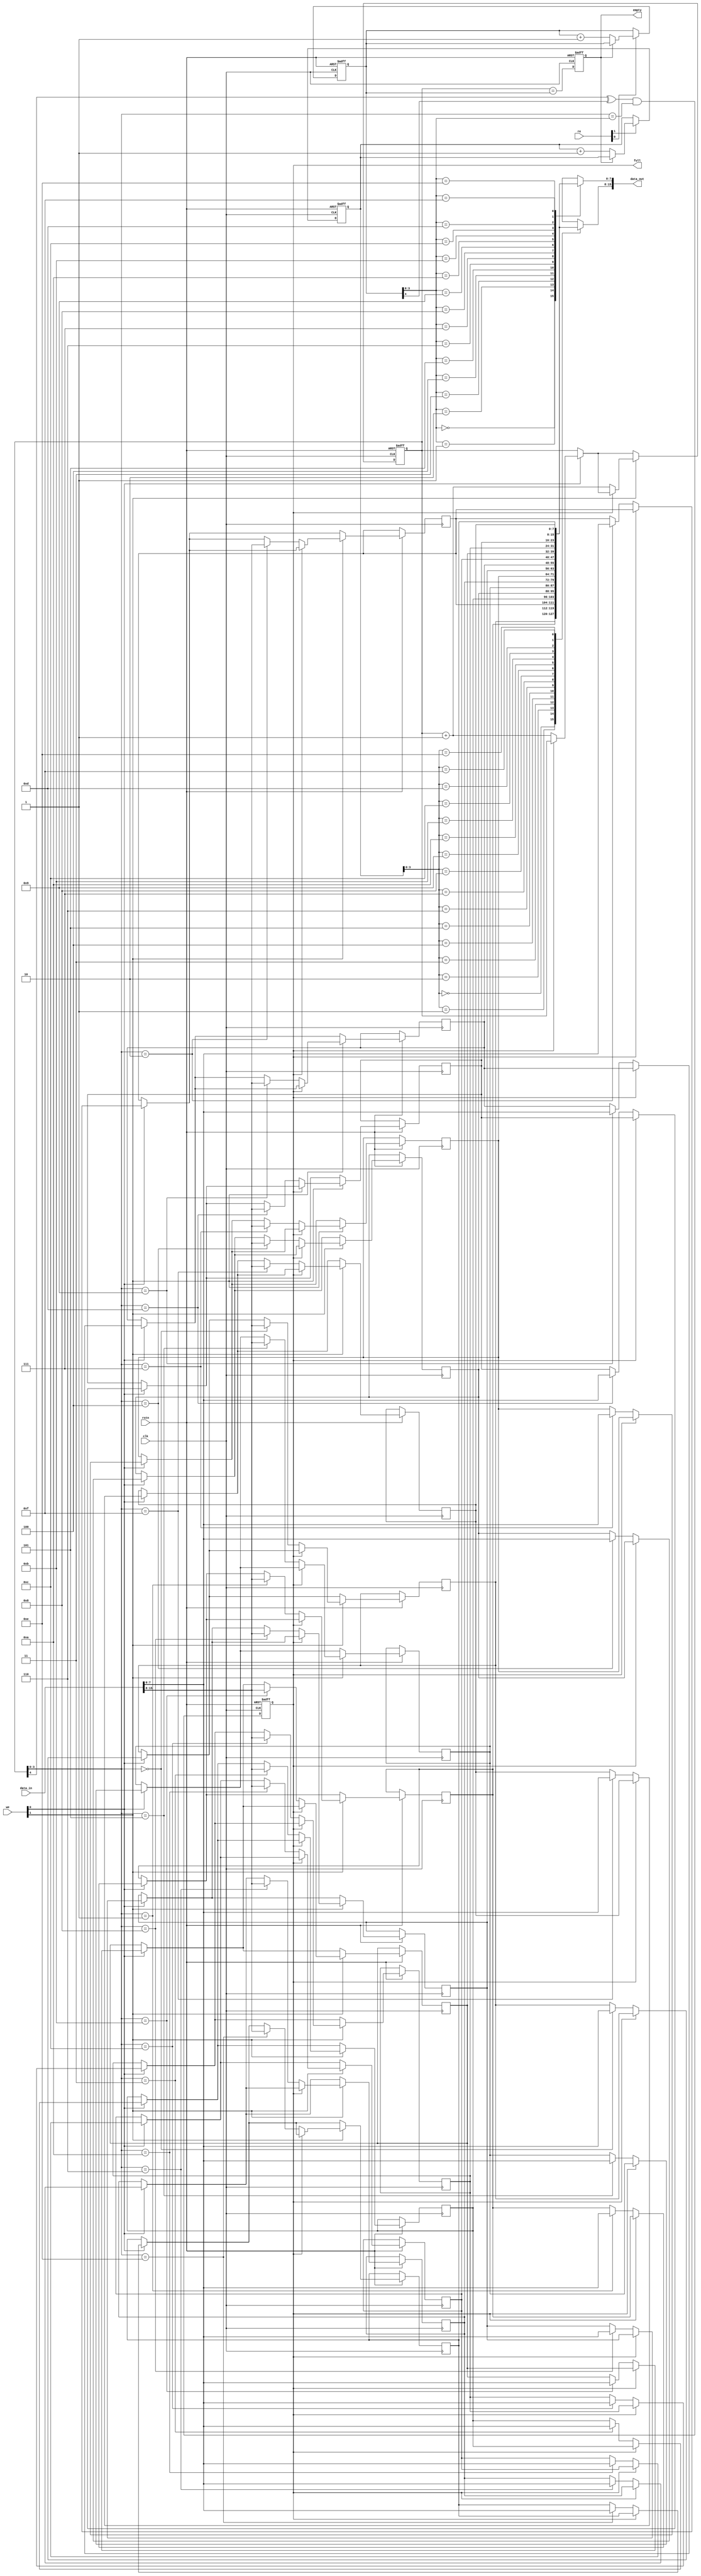
module multiport_fifo
#(
    parameter DATA_WIDTH = 8,   // Width of each data entry
    parameter FIFO_DEPTH = 16,   // Number of entries in the FIFO
    parameter NUM_WRITE_PORTS = 2, // Number of write ports
    parameter NUM_READ_PORTS = 2   // Number of read ports
)
(
    input                  clk,
    input                  rstn,  // Active low reset

    // Write Ports
    input [NUM_WRITE_PORTS - 1:0] we,         // Write enables for each port
    input [DATA_WIDTH * NUM_WRITE_PORTS - 1:0] data_in,  // Input data for each port

    // Read Ports
    input [NUM_READ_PORTS - 1:0] re,           // Read enables for each port
    output [DATA_WIDTH * NUM_READ_PORTS - 1:0] data_out, // Output data for each port

    // Status Flags
    output reg full,     // Full flag
    output reg empty     // Empty flag
);

    // Internal variables
    reg [DATA_WIDTH - 1:0] fifo_memory[FIFO_DEPTH - 1:0]; // FIFO memory array
    reg [$clog2(FIFO_DEPTH):0] write_pointer = 0; // Write pointer (includes one extra bit to indicate full)
    reg [$clog2(FIFO_DEPTH):0] read_pointer[NUM_READ_PORTS - 1:0]; // Read pointers for each port

    integer i;

    // Initialize read pointers and control signals
    initial begin
        for (i = 0; i < NUM_READ_PORTS; i = i + 1) begin
            read_pointer[i] = 0;
        end
        full = 0;
        empty = 1;
    end

    // Synchronous FIFO operation
    always @(posedge clk or negedge rstn) begin
        if (!rstn) begin
            // Reset
            write_pointer <= 0;
            for (i = 0; i < NUM_READ_PORTS; i = i + 1) begin
                read_pointer[i] <= 0;
            end
            full <= 0;
            empty <= 1;
        end else begin
            // Write operation
            for (i = 0; i < NUM_WRITE_PORTS; i = i + 1) begin
                if (we[i]) begin
                    if (!full) begin
                        fifo_memory[write_pointer[$clog2(FIFO_DEPTH) - 1:0]] <= data_in[DATA_WIDTH * (i + 1) - 1 -: DATA_WIDTH];
                        write_pointer <= write_pointer + 1;
                    end
                end
            end

            // Update full flag
            full <= (write_pointer[$clog2(FIFO_DEPTH)] ^ read_pointer[0][$clog2(FIFO_DEPTH)]) && (write_pointer[$clog2(FIFO_DEPTH) - 1:0] == read_pointer[0][$clog2(FIFO_DEPTH) - 1:0]);

            // Read operation
            for (i = 0; i < NUM_READ_PORTS; i = i + 1) begin
                if (re[i]) begin
                    if (!empty) begin
                        read_pointer[i] <= read_pointer[i] + 1;
                    end
                end
            end

            // Update empty flag
            empty <= (write_pointer == read_pointer[0]);
        end
    end

    // Output data for each read port
    genvar j;
    generate
        for (j = 0; j < NUM_READ_PORTS; j = j + 1) begin : read_logic
            assign data_out[DATA_WIDTH * (j + 1) - 1 -: DATA_WIDTH] = fifo_memory[read_pointer[j][$clog2(FIFO_DEPTH) - 1:0]];
        end
    endgenerate

endmodule